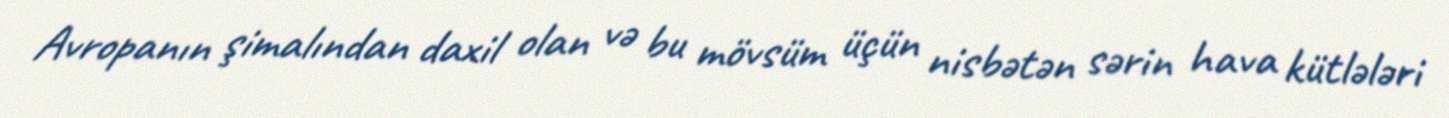
Avropanın şimalından daxil olan və bu mövsüm üçün nisbətən sərin hava kütlələri